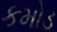
કમોડ